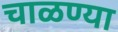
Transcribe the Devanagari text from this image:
चाळण्या